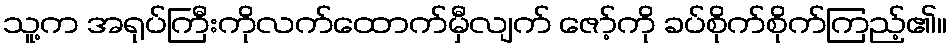
သူ့က အရုပ်ကြီးကိုလက်ထောက်မှီလျက် ဇော့်ကို ခပ်စိုက်စိုက်ကြည့်၏။